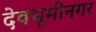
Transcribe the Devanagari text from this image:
देवभूमीनगर